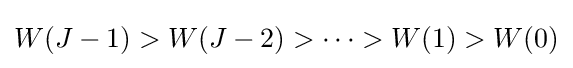
W(J-1)>W(J-2)>\dots >W(1)>W(0)